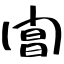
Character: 閶